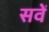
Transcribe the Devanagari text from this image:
सवें